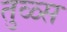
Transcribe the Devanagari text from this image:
तुळ्स